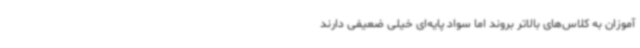
‌آموزان به کلاس‌های بالاتر بروند اما سواد پایه‌ای خیلی ضعیفی دارند